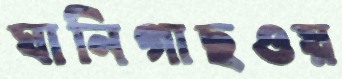
ঘানিগাছওয়